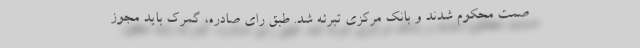
صمت محکوم شدند و بانک مرکزی تبرئه شد. طبق رای صادره، گمرک باید مجوز